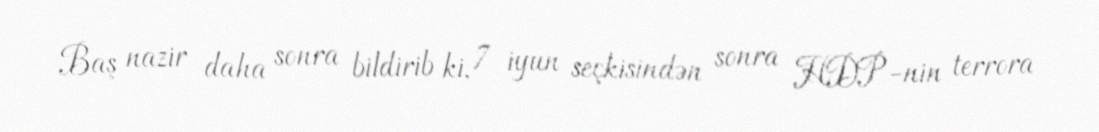
Baş nazir daha sonra bildirib ki, 7 iyun seçkisindən sonra HDP-nin terrora